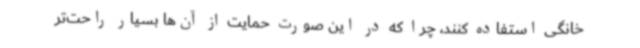
خانگی استفاده کنند، چرا که در این صورت حمایت از آن‌ها بسیار راحت‌تر